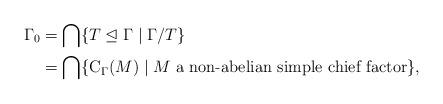
LaTeX: \begin{align*} \Gamma_0 & = \bigcap \{ T \trianglelefteq \Gamma \mid \Gamma/T \} \\ & = \bigcap \{ \mathrm{C}_\Gamma(M) \mid M \text{ a non-abelian simple chief factor} \},\end{align*}